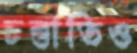
চল্তাতিও